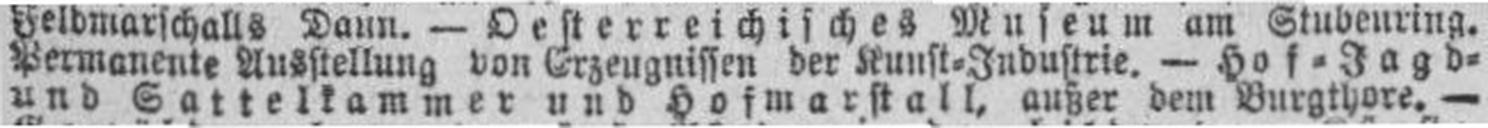
und Sattelkammer und Hofmarstall, außer dem Burgthore. —